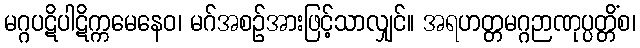
မဂ္ဂပဋိပါဋိက္ကမေနေဝ၊ မဂ်အစဉ်အားဖြင့်သာလျှင်။ အရဟတ္တမဂ္ဂဉာဏုပ္ပတ္တိံစ၊